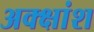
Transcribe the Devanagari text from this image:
अक्क्षांश